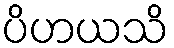
ပိဟယသိ